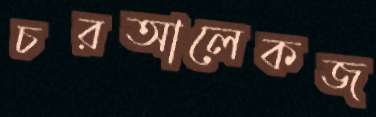
চরআলেকজ